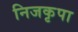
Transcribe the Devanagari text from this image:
निजकृपा